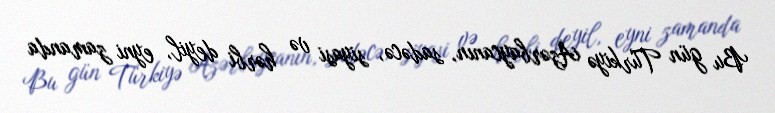
Bu gün Türkiyə Azərbaycanın, sadəcə, siyasi və hərbi deyil, eyni zamanda